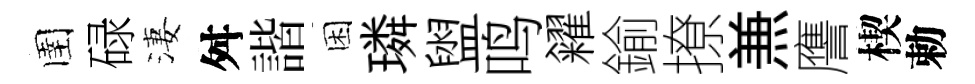
圉碌淒舛諧困璘盥鸣糴鍮撩𠔥譍楔勅